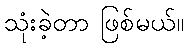
သုံးခဲ့တာ ဖြစ်မယ်။